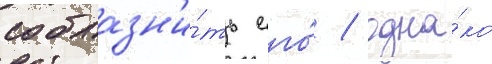
соблазн'и́ть его́ / одна́ко